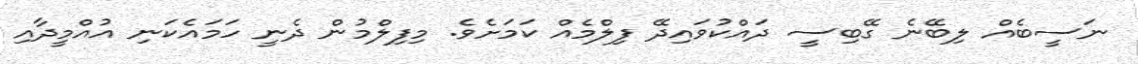
ނަސީބެއް ލިބޭނެ ގޭބިސީ ދައްކުވައިދޭ ފިލްމެއް ކަމަށެވެ. މިފިލްމުން ދެނީ ހަމައެކަނި އުއްމީދާއި